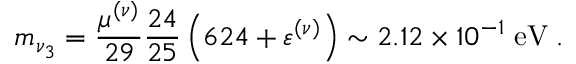
m _ { \nu _ { 3 } } = \frac { \mu ^ { ( \nu ) } } { 2 9 } \frac { 2 4 } { 2 5 } \left( 6 2 4 + \varepsilon ^ { ( \nu ) } \right) \sim 2 . 1 2 \times 1 0 ^ { - 1 } \; \mathrm { e V } \; .